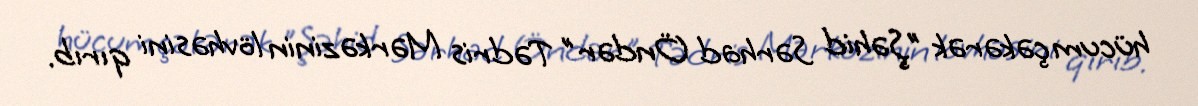
hücum çəkərək "Şəhid Sərhad Öndər" Tədris Mərkəzinin lövhəsini qırıb.